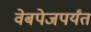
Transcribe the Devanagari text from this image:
वेबपेजपर्यंत